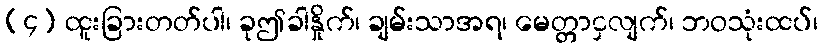
(၄) ထူးခြားတတ်ပါ၊ ခုဤခါနှိုက်၊ ချမ်းသာအရ၊ မေတ္တာငှလျက်၊ ဘဝသုံးထပ်၊